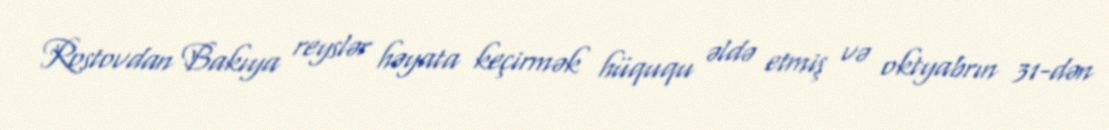
Rostovdan Bakıya reyslər həyata keçirmək hüququ əldə etmiş və oktyabrın 31-dən